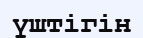
үштігін